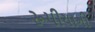
રૂપીયાની